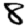
Digit: 8